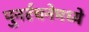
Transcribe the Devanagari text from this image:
पुनर्रचनेमध्ये